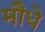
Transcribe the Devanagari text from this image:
मौधे